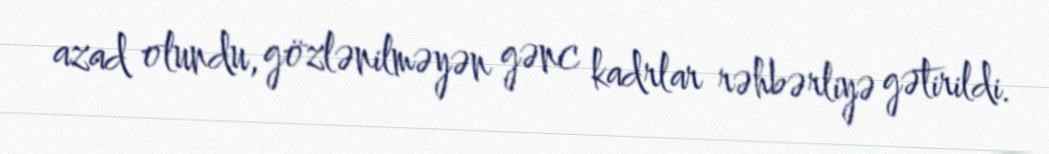
azad olundu, gözlənilməyən gənc kadrlar rəhbərliyə gətirildi.